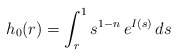
\begin{align*}h_0(r)=\int_r^1 s^{1-n}\,e^{I(s)}\,ds\end{align*}